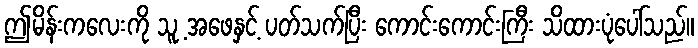
ဤမိန်းကလေးကို သူ့ အဖေနှင့် ပတ်သက်ပြီး ကောင်းကောင်းကြီး သိထားပုံပေါ်သည်။